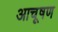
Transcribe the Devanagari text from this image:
आचूषण